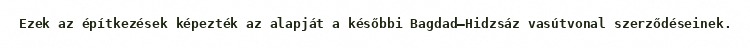
Ezek az építkezések képezték az alapját a későbbi Bagdad–Hidzsáz vasútvonal szerződéseinek.